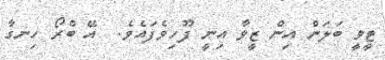
ޓީވީ ބަލަން އިން ޒީވާ އިނީ ފޫހިވެފައެވެ.  އޭ ބްރޯ ހިނގާ